Report on sanitation, dispensaries, and jails in Rajputana for 1920, and on vaccination for the year 1920-1921 - 1920-1921
Year: 1920
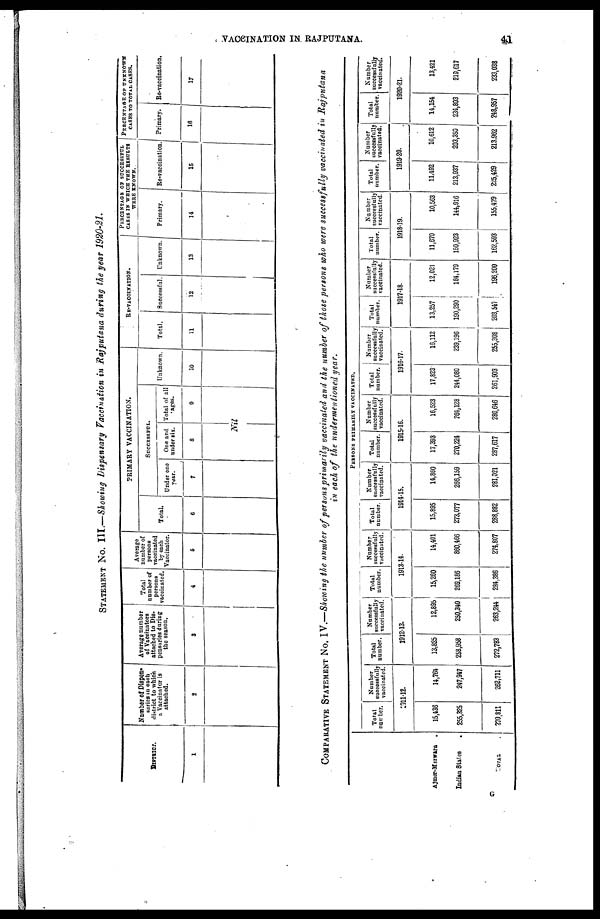
VACCINATION IN RAJPUTANA.
41
STATEMENT No. III.—Showing Dispensary Vaccination in Rajputana during the year 1920-21.
DISTRICT.
1
Number of Dispen-
saries in each
district to which
a Vaccinator is
attached.
2
Average number
of Vaccinators
attached to Dis-
pensaries during
the season.
3
Total
number of
persons
vaccinated.
4
Average
number of
persons
vaccinated
by each
Vaccinator.
5
PRIMARY VACCINATION.
Total.
6
SUCCESSFUL.
Under one
year.
7
One and
under six.
8
Total of all
ages.
9
Nil
Unknown.
10
RE-VACCINATION.
Total.
11
Successful.
12
Unknown.
13
PERCENTAGE OF SUCCESSFUL
CASES IN WHICH THE RESULTS
WERE KNOWN.
Primary.
14
Re-vaccination
15
PERCENTAGE OF UNKNOWN
CASES TO TOTAL CASES.
Primary.
16
Re-vaccination.
17
COMPARATIVE STATEMENT No. IV.—Showing the number of persons primarily vaccinated and the number of those persons who were successfully vaccinated in Rajputana
in each of the undermentioned year.
Ajmer-Merwara .
Indian States
.
TOTAL
.
PERSONS PRIMARILY VACCINATED.
Total
number.
Number
successfully
vaccinated.
1911-12.
15,436
255,325
270,811
14,764
247,947
262,711
Total
number.
Number
successfully
vaccinated.
1912-13.
13,825
258,958
272,783
12,895
250,340
263,244
Total
number.
Number
successfully
vaccinated.
1913-14.
15,260
269,186
284,386
14,401
860,466
274,807
Total
number.
Number
successfully
vaccinated.
1914-15.
15,895
273,077
288,882
14,860
266,159
281,021
Total
number.
Number
successfully
vaccinated.
1915-16.
17,393
270,224
287,617
16,523
264,128
280,646
Total
number.
Number
successfully
vaccinated.
1916-17.
17,823
244,080
261,903
16,112
239,196
255,308
Total
number.
Number
successfully
vaccinated.
1917-18.
13,257
190,290
203,547
12,021
184,179
196,200
Total
number.
Number
successfully
vaccinated.
1918-19.
11,670
150,923
162,593
10,563
144,916
155,479
Total
number.
Number
successfully
vaccinated.
1919-20.
11,492
213,937
225,429
10,612
203,350
213,962
Total
number.
Number
successfully
vaccinated.
1920-21.
14,154
234,803
248,957
13,421
219,617
233,038
G